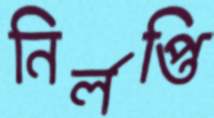
নির্লপ্তি